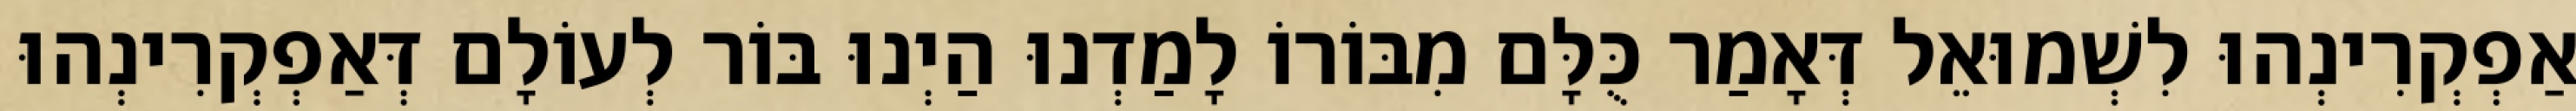
אַפְקְרִינְהוּ לִשְׁמוּאֵל דְּאָמַר כֻּלָּם מִבּוֹרוֹ לָמַדְנוּ הַיְנוּ בּוֹר לְעוֹלָם דְּאַפְקְרִינְהוּ